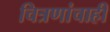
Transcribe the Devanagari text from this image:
चित्रणांचाही